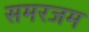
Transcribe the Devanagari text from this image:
समरजम